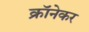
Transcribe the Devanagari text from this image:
क्रॉनेकर